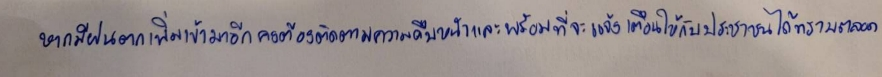
หากมีฝนตกเพิ่มเข้ามาอีกคงต้องติดตามความคืบหน้าและพร้อมที่จะแจ้งเตือนให้กับประชาชนได้ทราบตลอด